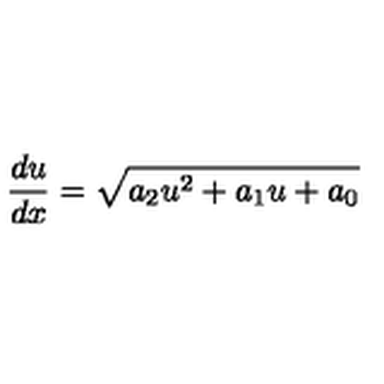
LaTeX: \frac { d u } { d x } = \sqrt { a _ { 2 } u ^ { 2 } + a _ { 1 } u + a _ { 0 } }